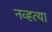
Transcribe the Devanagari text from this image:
नव्‍हत्‍या